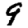
Digit: 9